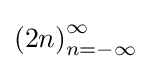
{\textstyle {(2n)}_{n=-\infty }^{\infty }}